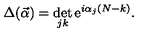
\Delta ( \vec { \alpha } ) = \det _ { j k } \mathrm { e } ^ { i \alpha _ { j } ( N - k ) } .